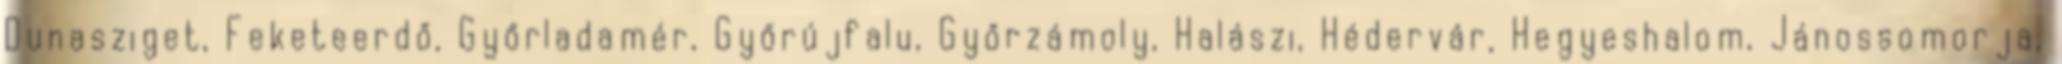
Dunasziget, Feketeerdő, Győrladamér, Győrújfalu, Győrzámoly, Halászi, Hédervár, Hegyeshalom, Jánossomorja,